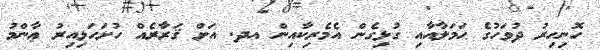
ހޮނިހިރު ދުވަހުގެ ޙަމަލާއާއި ގުޅިގެން އެމެރިކާއިން އދ. އަށް ޤަރާރެއް ހުށަހަޅިއިރު ޢާންމު